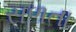
સળતા